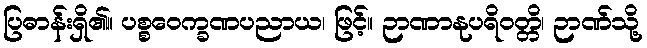
ပြဓာန်းရှိ၏။ ပစ္စဝေက္ခဏပညာယ၊ ဖြင့်။ ဉာဏာနုပရိဝတ္တိ၊ ဉာဏ်သို့